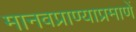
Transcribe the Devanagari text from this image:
मानवप्राण्याप्रमाणें